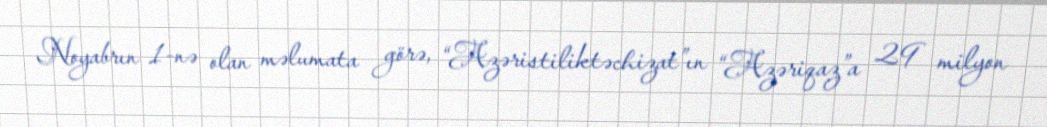
Noyabrın 1-nə olan məlumata görə, “Azəristiliktəchizat”ın “Azəriqaz”a 29 milyon